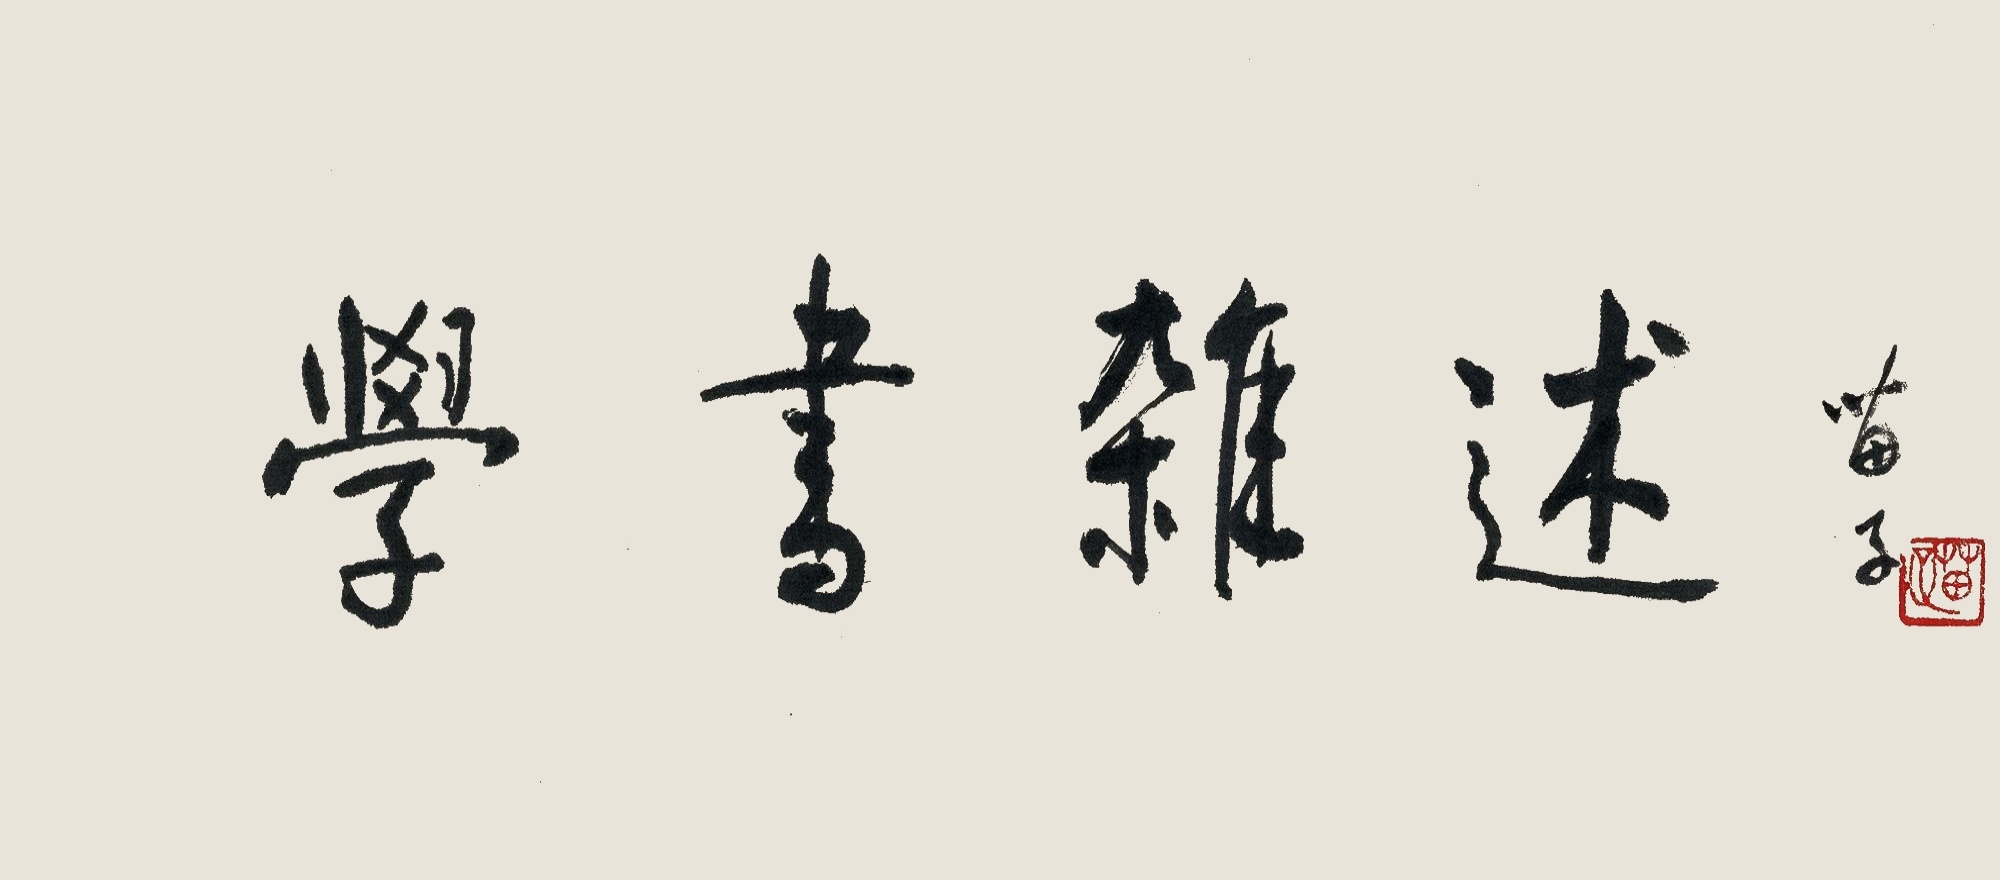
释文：学书杂述黄苗子